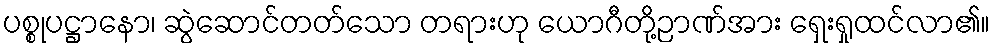
ပစ္စုပဋ္ဌာနော၊ ဆွဲဆောင်တတ်သော တရားဟု ယောဂီတို့ဉာဏ်အား ရှေးရှုထင်လာ၏။